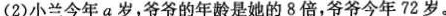
(2)小兰今年a岁，爷爷的年龄是她的8倍，爷爷今年72岁。